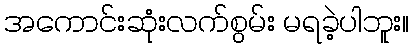
အကောင်းဆုံးလက်စွမ်း မရခဲ့ပါဘူး။